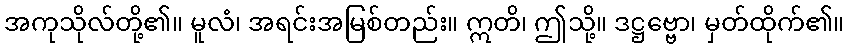
အကုသိုလ်တို့၏။ မူလံ၊ အရင်းအမြစ်တည်း။ ဣတိ၊ ဤသို့။ ဒဋ္ဌဗ္ဗော၊ မှတ်ထိုက်၏။